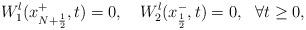
LaTeX: \begin{align*} W^l_1(x^+_{ N+\frac 12},t)=0,\ \ \ W^l_2(x^-_{ \frac 12},t)=0,\ \ \forall t\ge 0,\end{align*}